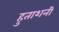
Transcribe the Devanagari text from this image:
हुताशनी